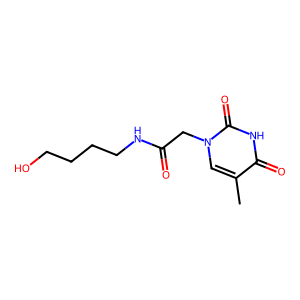
SMILES: Cc1cn(CC(=O)NCCCCO)c(=O)[nH]c1=O
Inhibits HIV replication: No